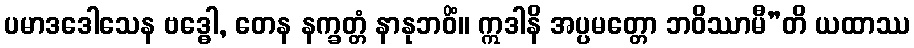
ပမာဒဒေါသေန ဗဒ္ဓေါ, တေန နက္ခတ္တံ နာနုဘဝိံ။ ဣဒါနိ အပ္ပမတ္တော ဘဝိဿာမီ”တိ ယထာဿ